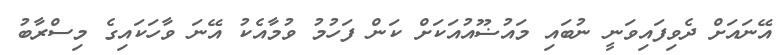
އޭނައަށް ދެވިފައިވަނީ ނުބައި މައުޟޫއުއަކަށް ކަން ފަހުމު ވުމާއެކު އޭނަ ވާހަކައިގެ މިސްރާބު